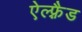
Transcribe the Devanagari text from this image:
ऐल्फ़्रैड